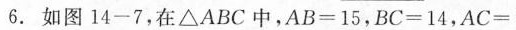
6.如图14-7，在\bigtriangleup ABC中，$$A B = 1 5$$，$$B C = 1 4$$，$$A C =